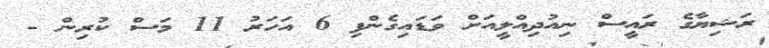
ރަޝިޔާގެ ރައީސް ނިއުދިއްލީއަށް ވަޑައިގެންފި 6 އަހަރު 11 މަސް ކުރިން -